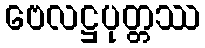
ဗေလဋ္ဌပုတ္တဿ